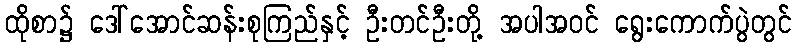
ထိုစာ၌ ဒေါ်အောင်ဆန်းစုကြည်နှင့် ဦးတင်ဦးတို့ အပါအဝင် ရွေးကောက်ပွဲတွင်